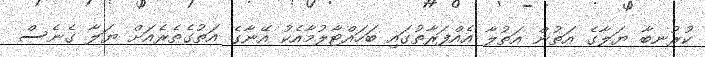
ކުރުނބާ ޔަލާގެ އަތުން އަތުލާ އެއްފަރާތުގައި ބަހައްޓާލުމާއެކު އޭނާގެ އަތުގެތެރެއަށް ޔަލާ ގެނެސް